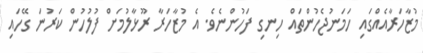
މުޒާހަރާއެއްގައި ހަމަނުޖެހުންތައް ހިނގި ފަހުންނެވެ. އެ މުޒާހަރާ ރޫޅާލުމަށް ފުލުހުން ކަރުނަ ގޭހައި